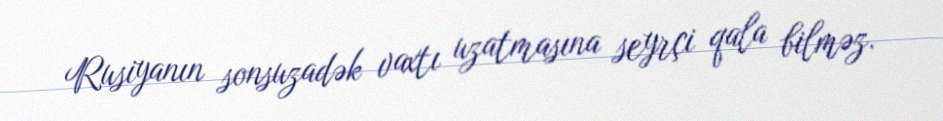
Rusiyanın sonsuzadək vaxtı uzatmasına seyrçi qala bilməz.